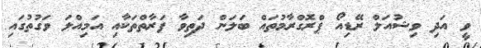
ވީ އަދި ވިޝުއަލް ރޭޑިއޯ ޕްރޮގްރާމުތައް ބަލަން ދަތިވާ ފަރާތްތަކާއި އަމިއްލަ ވަގުތުގައި